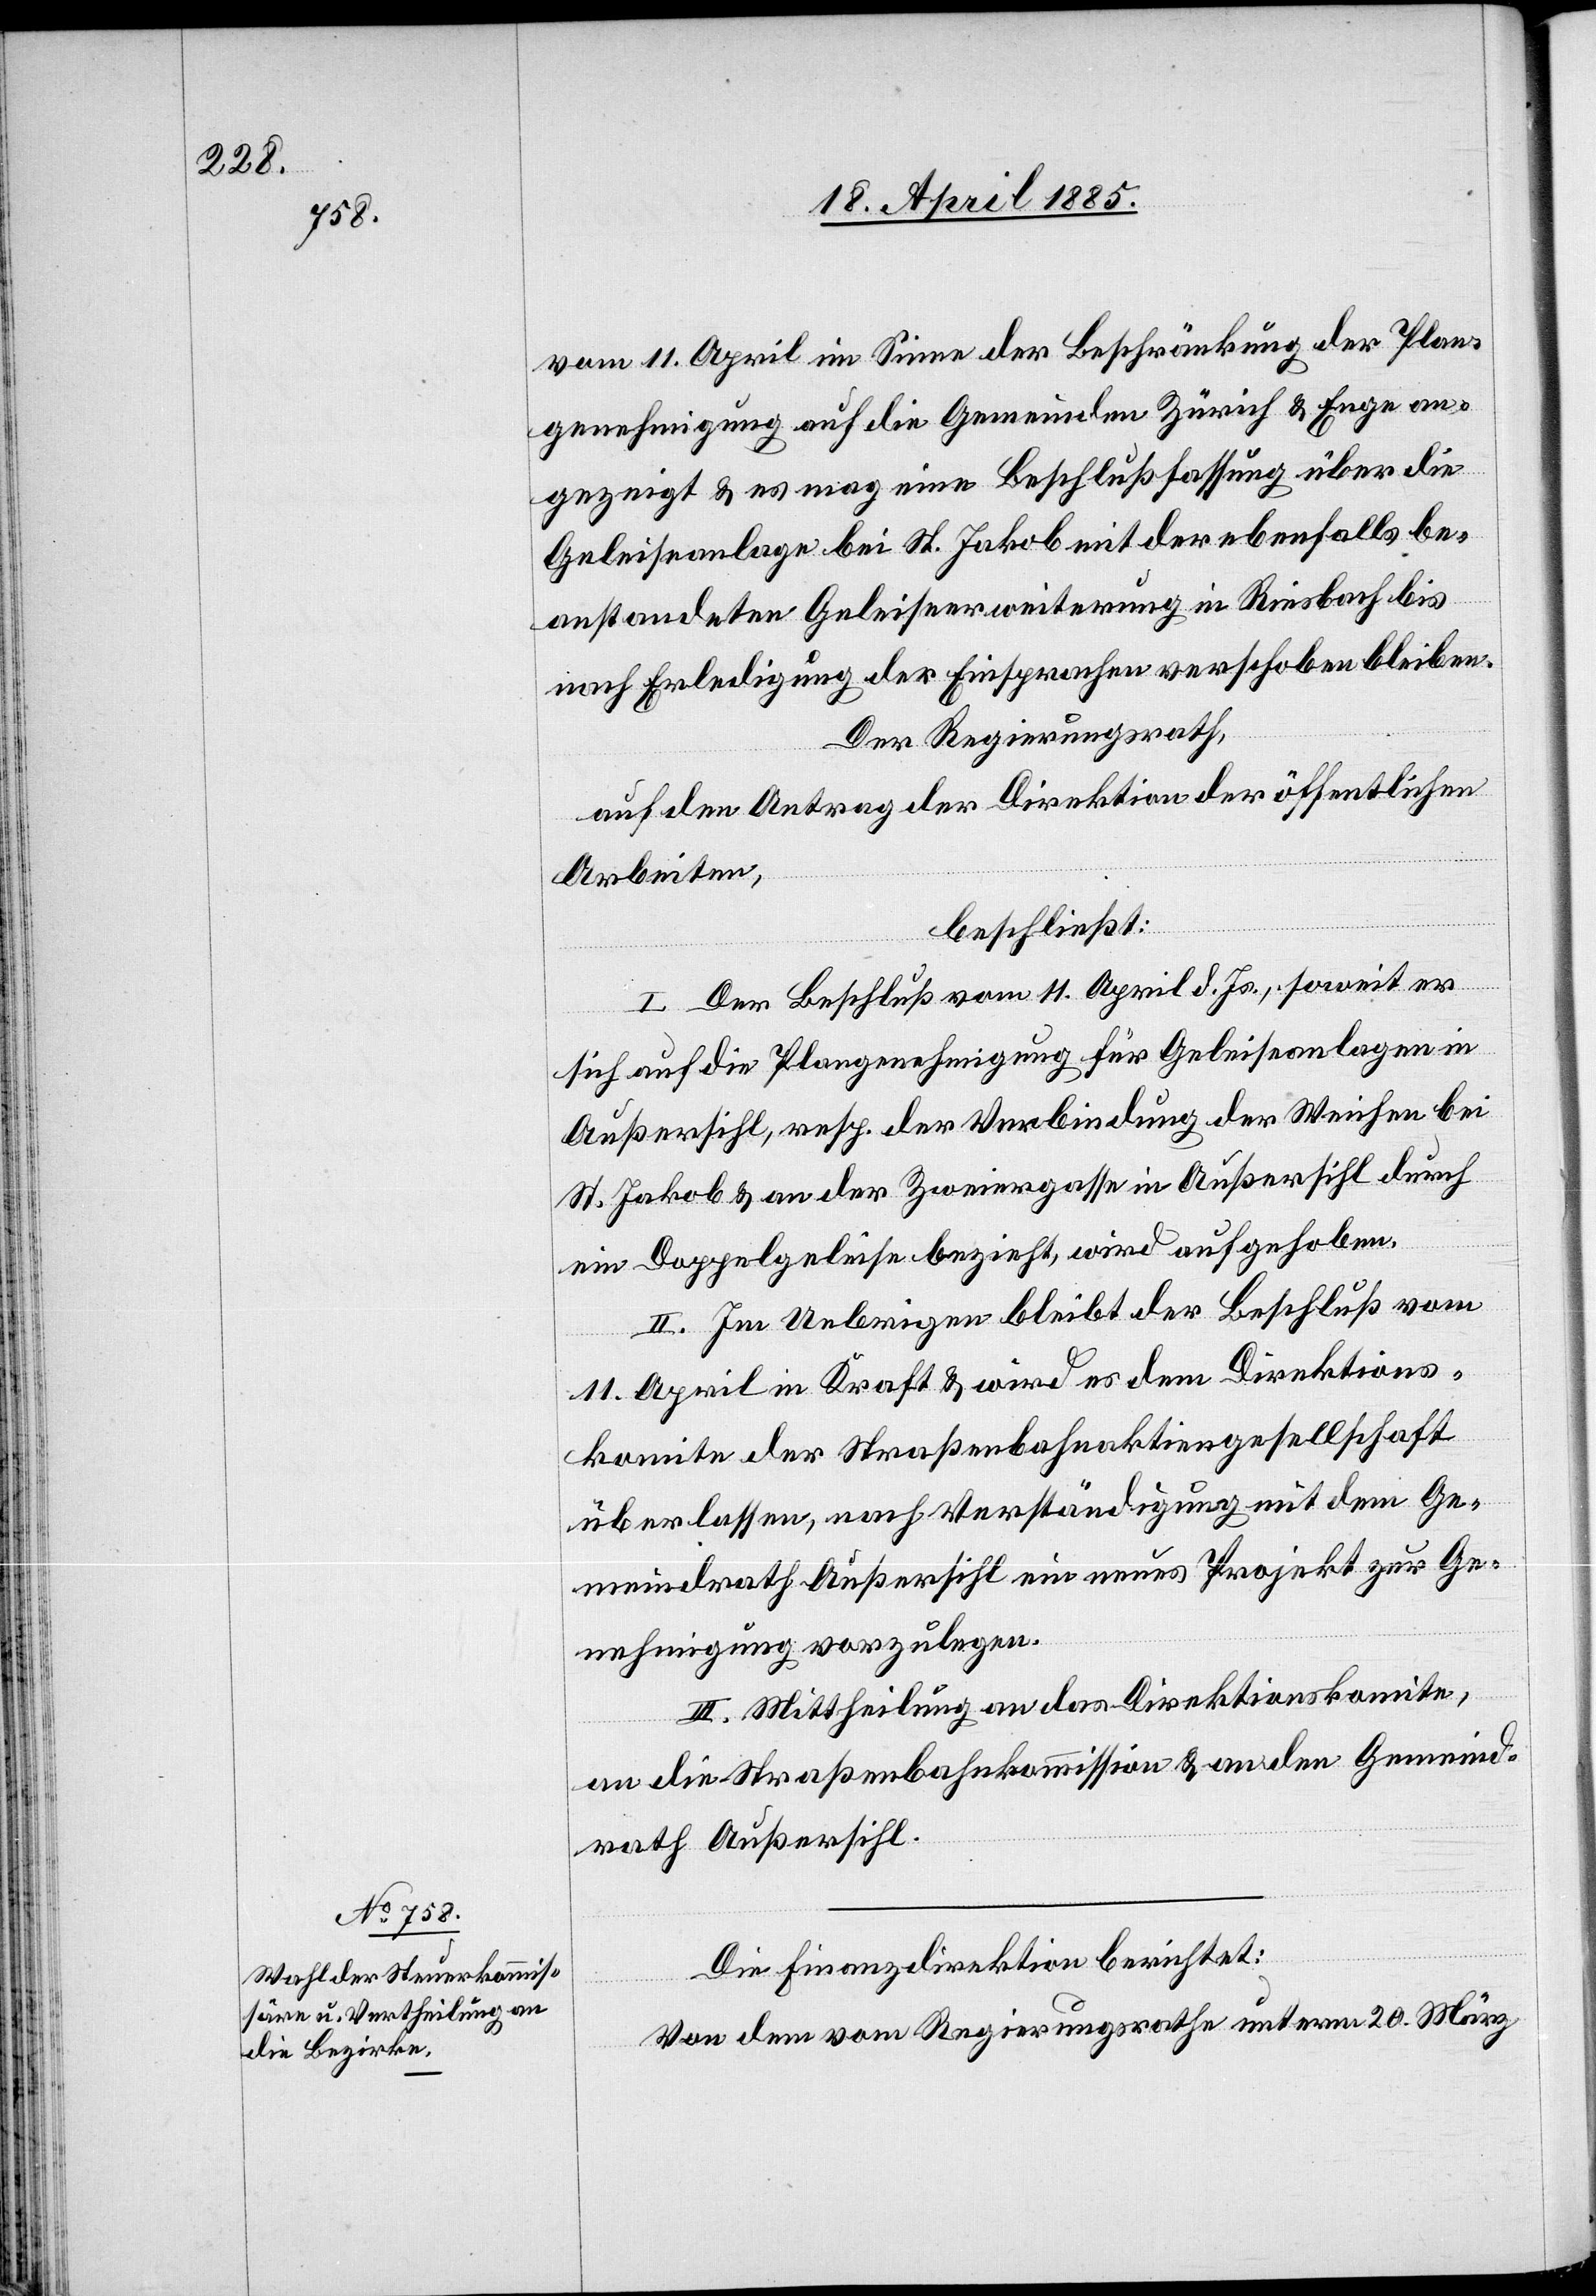
Die Finanzdirektion berichtet:
Von dem vom Regierungsrathe unterm 20. März